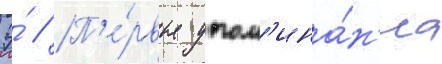
Э́ // П'е́рвые упом'ина́н'иа